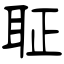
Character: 聇